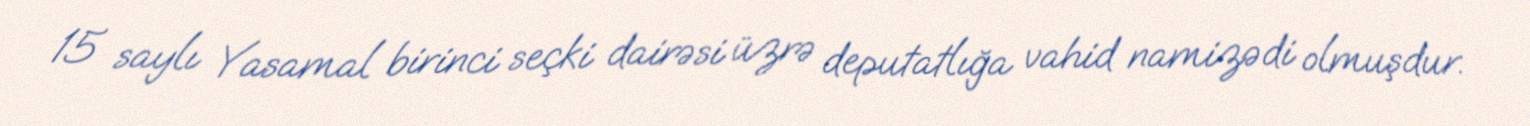
15 saylı Yasamal birinci seçki dairəsi üzrə deputatlığa vahid namizədi olmuşdur.